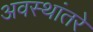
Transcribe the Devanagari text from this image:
अवस्थांतरे